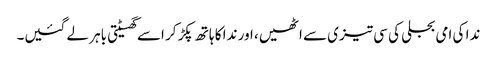
ندا کی امی بجلی کی سی تیزی سے اٹھیں، اور ندا کا ہاتھ پکڑ کر اسے گھسیٹتی باہر لے گئیں۔